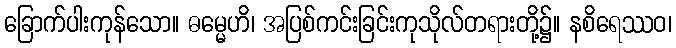
ခြောက်ပါးကုန်သော။ ဓမ္မေဟိ၊ အပြစ်ကင်းခြင်းကုသိုလ်တရားတို့၌။ နစိရေဿဝ၊